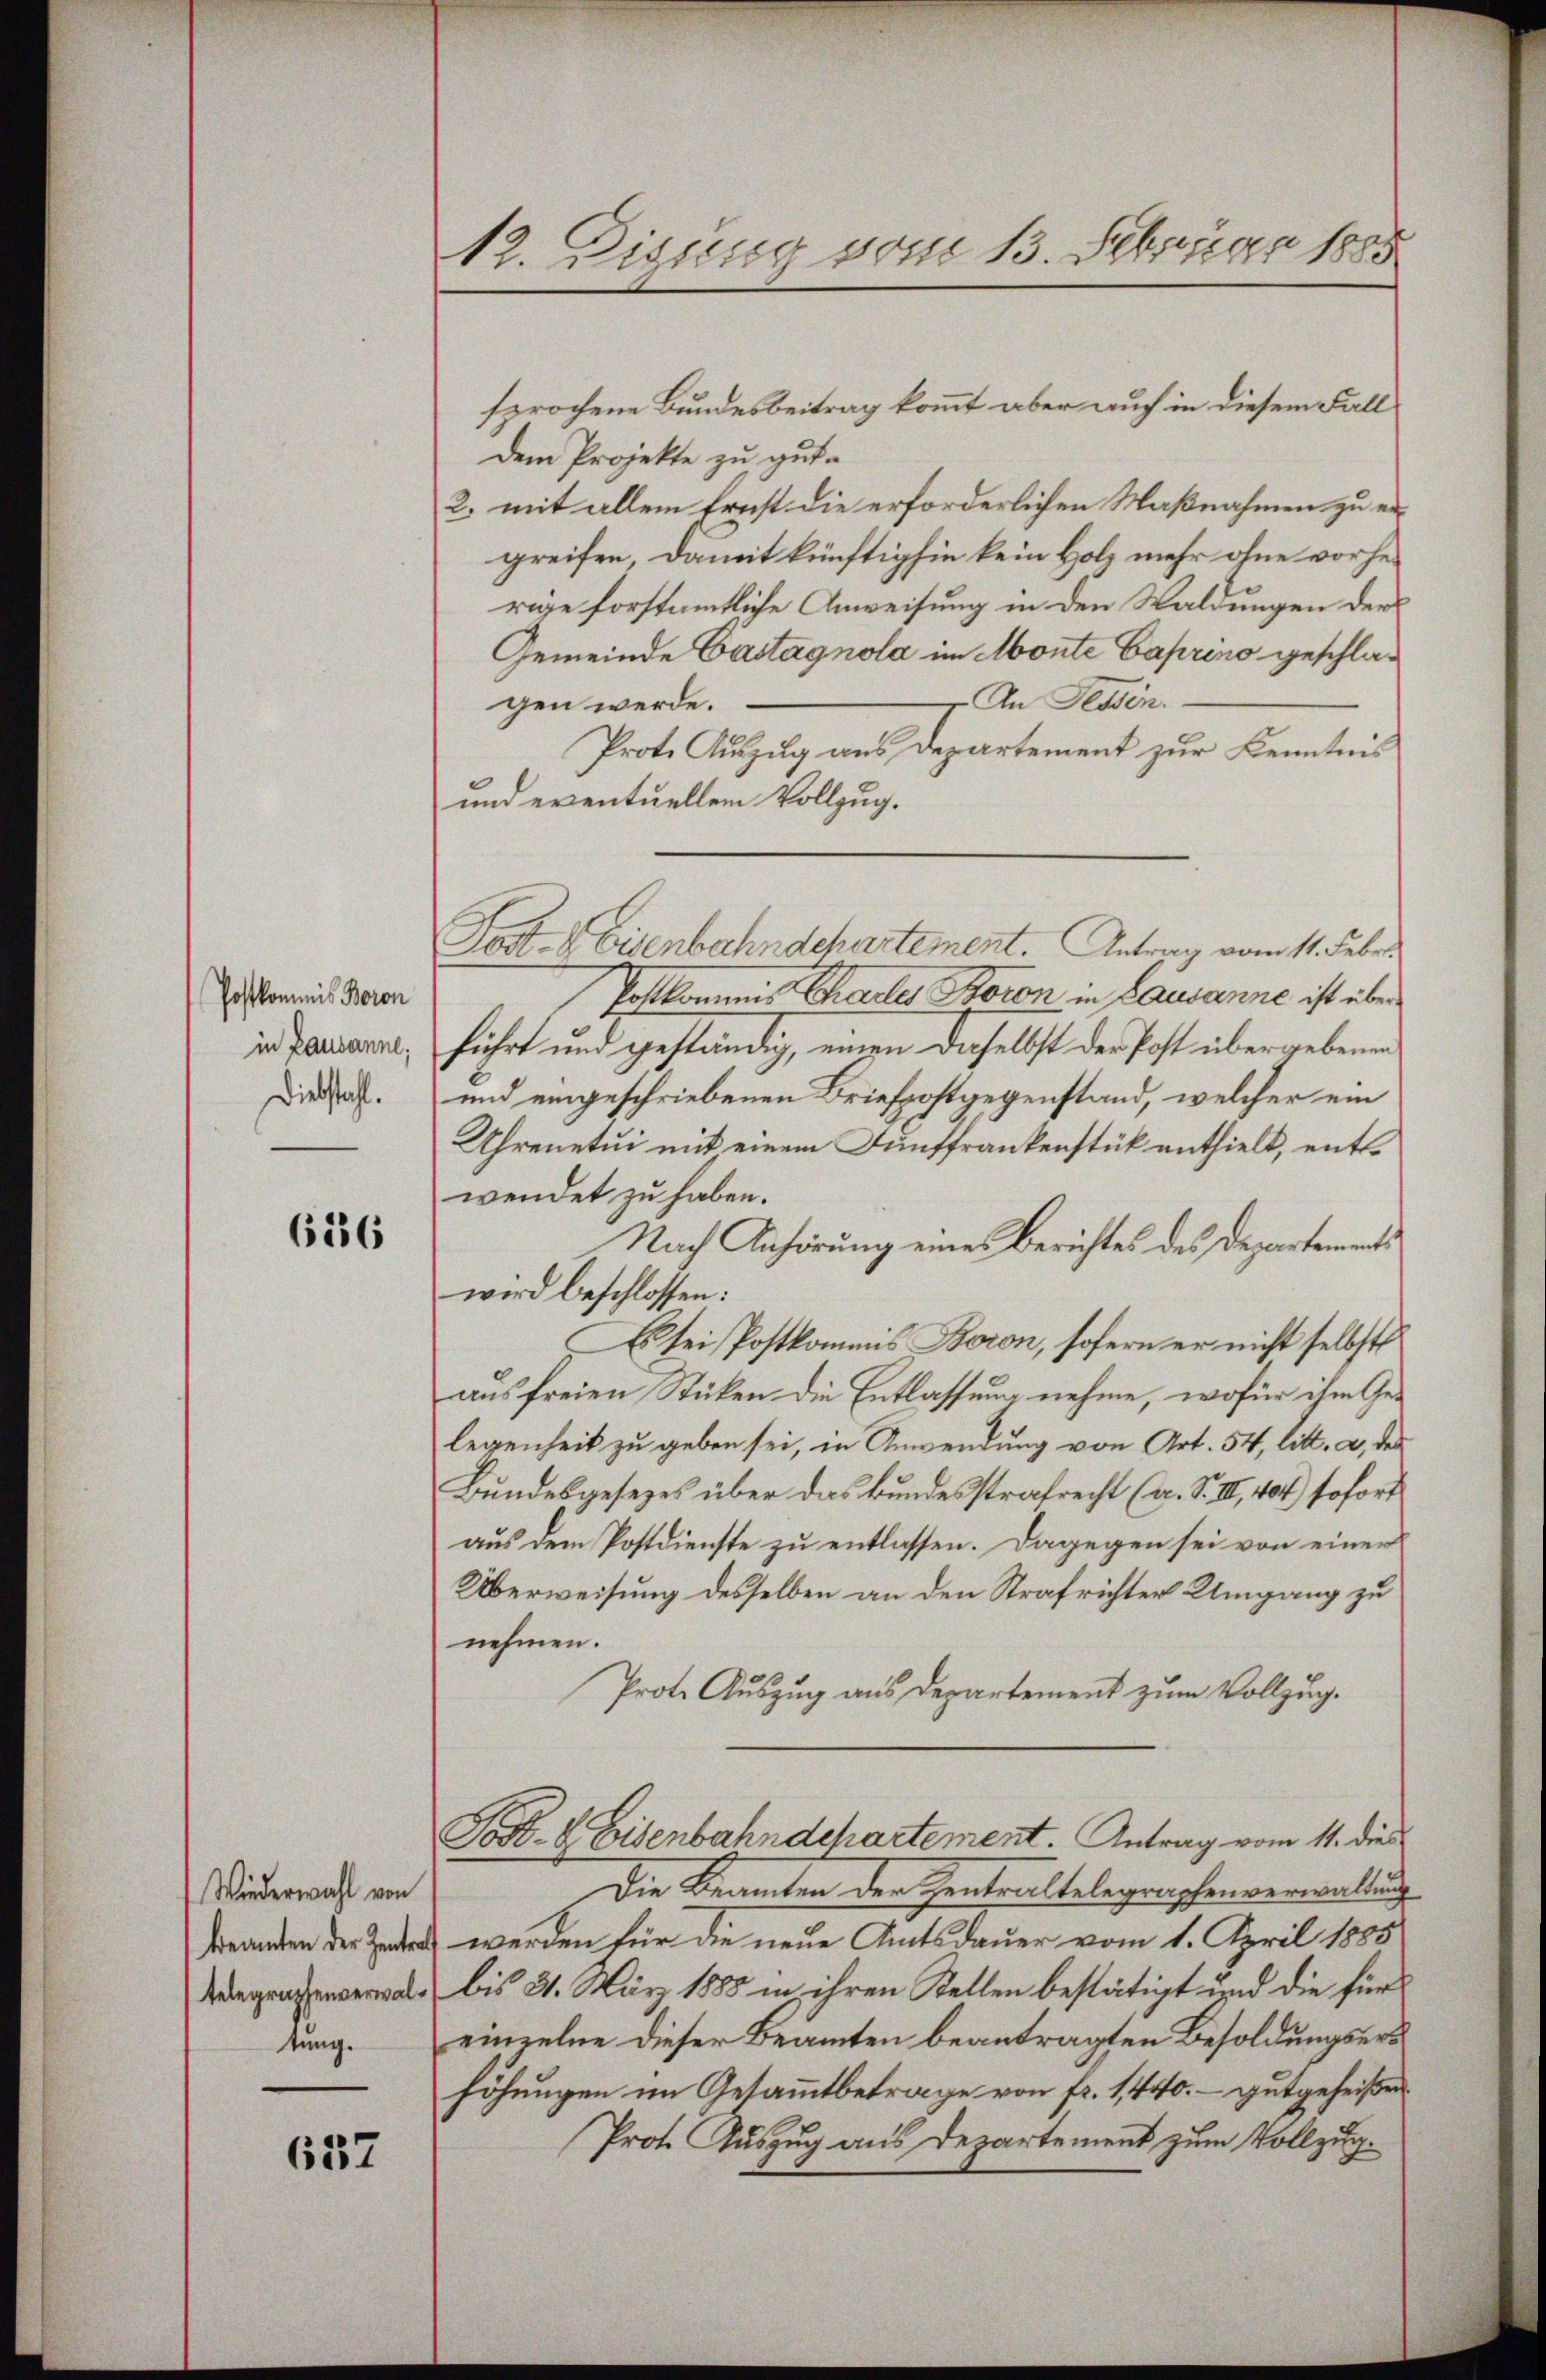
Postkommis Beron
in Lausanne,
Diebstahl.

616

Wiederwahl von
telegraphenverwaltung.

637

12. Digung vom 13. Februar 1885

sprochene Bundesbeitrag kommt aber auch in diesem Fall
Dem Projekte zu gute
2. mit allem Ernst die erforderlichen Maßnahmen zu ergreifen, damit künftighin kein Holz mehr ohne vorher
rige forstamtliche Anweisung in den Waldungen der
Gemeinde Castagnola im Monte Caprino geschla¬
An Fessen.
gen werde.
Prote Auszug aus Departement zur Kenntnis
und eventuellem Vollzug.
Fost- & Eisenbahndchartement. Antrag vom 11. Febr
Postkommis Chartes Storen in Lausanne ist über
führt und geständig, einen daselbst der Post übergebenen
und eingeschriebenen Briefpostgegenstand, welcher ein
Uhrenetui mit einem Funffrankenstück enthielt, entwendet zu haben.
Nach Anhörung eines Berichtes des Departements
wird beschlossen:
Es sei Postkommis Boron, sofern er nicht selbst
aus freien Stücken die Entlassung nehme, wofür ihm Ge-
legenheit zu geben sei, in Anwendung von Art. 54, litt. a, des
Bundesgesezes über das Bundesstrafrecht (a. S. II., 404) sofort
aus dem Postdienste zu entlassen. Dagegen sei von einer
Überweisung desselben an den Strafrichter Umgang zu
nehmen.
Prote Auszug aus Departement zum Vollzug.
Sos. S. Eisenbahndechartement. Antrag vom 11. die
Die Beamten der Zentraltelegraphenverwaltung
 werden für die neue Amtsdauer vom 1. April 1885
bis 31. März 1888 in ihren Stellen bestätigt und die für
einzelne dieser Beamten beantragten Besoldungserhöhungen im Gesammtbetrage von fr. 1440. - gutgeheißen
Prot. Auszug aus Departement zum Vollzug.